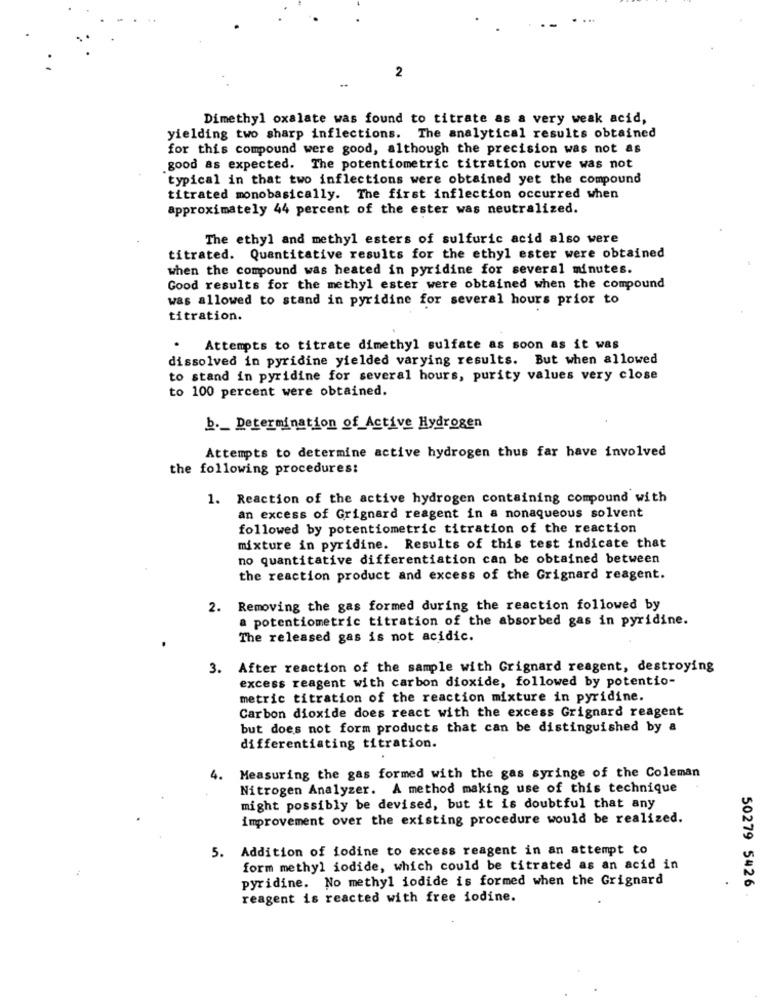
2
..
Dimethyl oxalate was found to titrate as a very weak acid,
yielding two sharp inflections. The analytical results obtained
for this compound were good, although the precision was not as
good as expected. The potentiometric titration curve was not
typical in that two inflections were obtained yet the compound
titrated monobasically. The first inflection occurred when
approximately 44 percent of the ester was neutralized.
The ethyl and methyl esters of sulfuric acid also were
titrated. Quantitative results for the ethyl ester were obtained
when the compound was heated in pyridine for several minutes.
Good results for the methyl ester were obtained when the compound
was allowed to stand in pyridine for several hours prior to
titration.
Attempts to titrate dimethyl sulfate as soon as it was
dissolved in pyridine yielded varying results. But when allowed
to stand in pyridine for several hours, purity values very close
to 100 percent were obtained.
b ._ Determination of Active Hydrogen
Attempts to determine active hydrogen thus far have involved
the following procedures:
1. Reaction of the active hydrogen containing compound with
an excess of Grignard reagent in a nonaqueous solvent
followed by potentiometric titration of the reaction
mixture in pyridine. Results of this test indicate that
no quantitative differentiation can be obtained between
the reaction product and excess of the Grignard reagent.
2. Removing the gas formed during the reaction followed by
a potentiometric titration of the absorbed gas in pyridine.
The released gas is not acidic.
After reaction of the sample with Grignard reagent, destroying
excess reagent with carbon dioxide, followed by potentio-
metric titration of the reaction mixture in pyridine.
Carbon dioxide does react with the excess Grignard reagent
but does not form products that can be distinguished by a
differentiating titration.
4. Measuring the gas formed with the gas syringe of the Coleman
Nitrogen Analyzer. A method making use of this technique
might possibly be devised, but it is doubtful that any
improvement over the existing procedure would be realized.
5. Addition of iodine to excess reagent in an attempt to
form methyl iodide, which could be titrated as an acid in
pyridine. No methyl iodide is formed when the Grignard
50279 5426
reagent is reacted with free iodine.